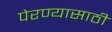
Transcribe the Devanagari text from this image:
पेरण्यासाठी